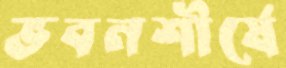
ভবনশীর্ষে